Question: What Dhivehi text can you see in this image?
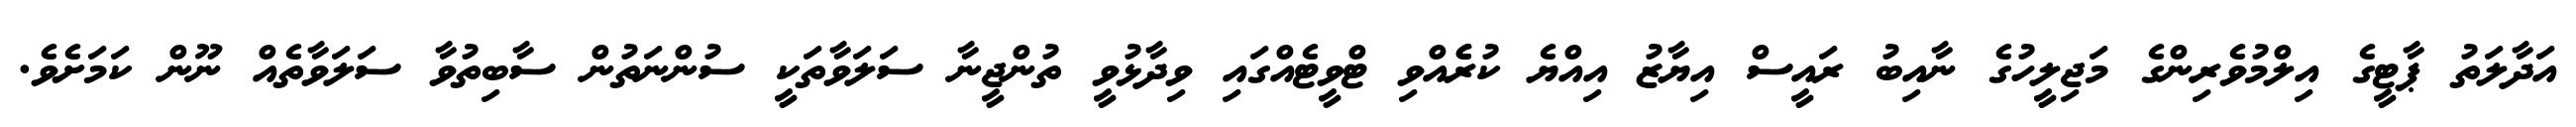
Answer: އަދާލަތު ޕާޓީގެ އިލްމުވެރިންގެ މަޖިލީހުގެ ނާއިބު ރައީސް އިޔާޒު އިއްޔެ ކުރެެއްވި ޓްވީޓެއްގައި ވިދާޅުވީ ތުންޖީނާ ސަލަވާތަކީ ސުންނަތުން ސާބިތުވާ ސަލަވާތެއް ނޫން ކަމަށެވެ.